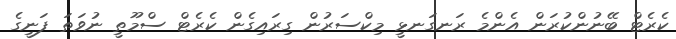
ކެރެޓް ބޭނުންކުރަން އެންމެ ރަނގަނޅީ މިކްސަރުން ގިރައިގެން ކެރެޓް ސްމޫތީ ނުވަތަ ފަނީގެ